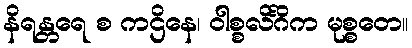
နိရန္တရေ စ ကဌိနေ၊ ဝါစ္စလိင်္ဂိက မုစ္စတေ။